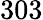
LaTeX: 303